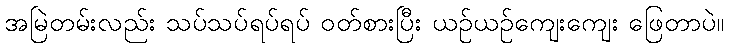
အမြဲတမ်းလည်း သပ်သပ်ရပ်ရပ် ဝတ်စားပြီး ယဉ်ယဉ်ကျေးကျေး ဖြေတာပဲ။